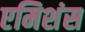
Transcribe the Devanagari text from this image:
एमिशंस